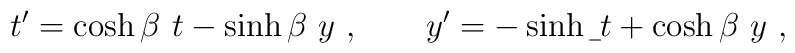
t'= \cosh \beta \ t - \sinh \beta\ y\ ,  \ \ \ \ \ \ y'= - \sinh \b\ t + \cosh \beta\ y \ ,